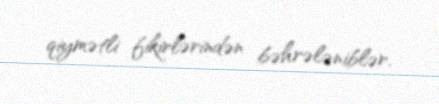
qiymətli fikirlərindən bəhrələniblər.